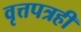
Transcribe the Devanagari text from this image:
वृत्तपत्रही